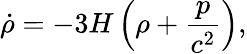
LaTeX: {\dot{\rho}}=-3H\left(\rho+{\frac{p}{c^{2}}}\right),